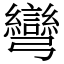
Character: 彎